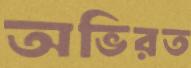
অভিরত